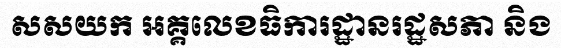
សសយក អគ្គលេខធិការដ្ឋានរដ្ឋសភា និង